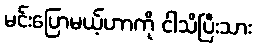
မင်းပြောမယ့်ဟာကို ငါသိပြီးသား